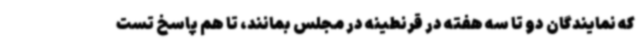
که نمایندگان دو تا سه هفته در قرنطینه در مجلس بمانند، تا هم پاسخ تست